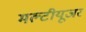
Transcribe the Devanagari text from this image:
मल्टीयूजर